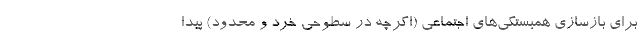
براي بازسازي همبستگي‌هاي اجتماعي (اگرچه در سطوحي خرد و محدود) پيدا